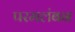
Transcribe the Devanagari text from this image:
परमलंबन